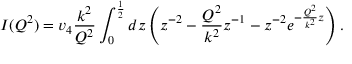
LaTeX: I ( Q ^ { 2 } ) = v _ { 4 } \frac { k ^ { 2 } } { Q ^ { 2 } } \int _ { 0 } ^ { \frac { 1 } { 2 } } d z \left( z ^ { - 2 } - \frac { Q ^ { 2 } } { k ^ { 2 } } z ^ { - 1 } - z ^ { - 2 } e ^ { - \frac { Q ^ { 2 } } { k ^ { 2 } } z } \right) .